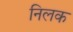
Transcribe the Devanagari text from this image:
निलक